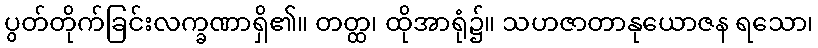
ပွတ်တိုက်ခြင်းလက္ခဏာရှိ၏။ တတ္ထ၊ ထိုအာရုံ၌။ သဟဇာတာနုယောဇန ရသော၊